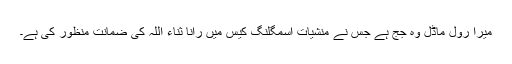
میرا رول ماڈل وہ جج ہے جس نے منشیات اسمگلنگ کیس میں رانا ثناء اللہ کی ضمانت منظور کی ہے۔